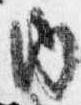
内